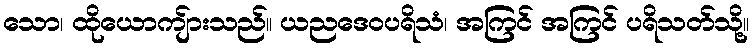
သော၊ ထိုယောကျ်ားသည်။ ယညဒေဝပရိသံ၊ အကြင် အကြင် ပရိသတ်သို့။